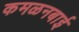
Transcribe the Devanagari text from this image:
कमळनबाई